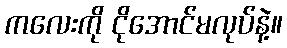
ကလေးကို ငိုအောင်မလုပ်နဲ့။